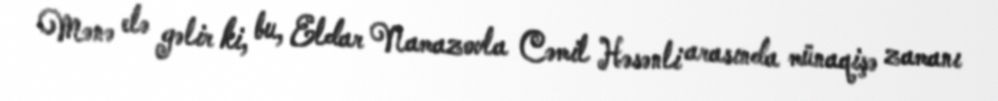
Mənə elə gəlir ki, bu, Eldar Namazovla Cəmil Həsənli arasında münaqişə zamanı